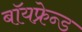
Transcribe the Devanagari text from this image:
बॉयफ्रेन्ड